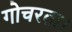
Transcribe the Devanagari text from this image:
गोचरता।